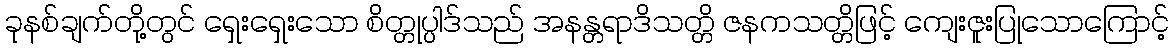
ခုနစ်ချက်တို့တွင် ရှေးရှေးသော စိတ္တုပ္ပါဒ်သည် အနန္တရာဒိသတ္တိ ဇနကသတ္တိဖြင့် ကျေးဇူးပြုသောကြောင့်